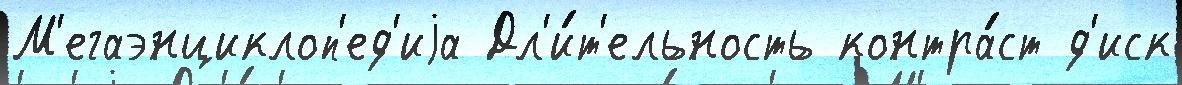
М'егаэнциклоп'ед'иjа Дл'и́т'ельность контра́ст д'иск